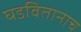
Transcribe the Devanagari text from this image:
घडवितानाच